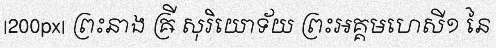
|200px| ព្រះនាង ឝ្រី សុរិយោទ័យ ព្រះអគ្គមហេសី១ នៃ